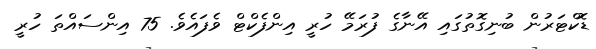
ޑޮކްޓަރުން ބުނިގޮތުގައި އޭނާގެ ފުރަމޭ ހުރީ އިންފެކްޓް ވެފައެވެ. 75 އިންސައްތަ ހުރީ